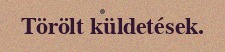
Törölt küldetések.